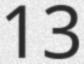
13